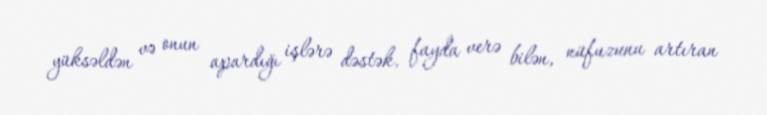
yüksəldən və onun apardığı işlərə dəstək, fayda verə bilən, nüfuzunu artıran